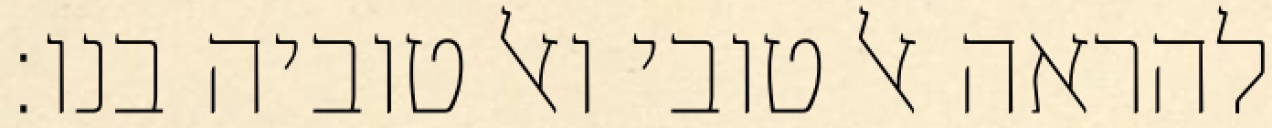
להראה אל טובי ואל טוביה בנו: